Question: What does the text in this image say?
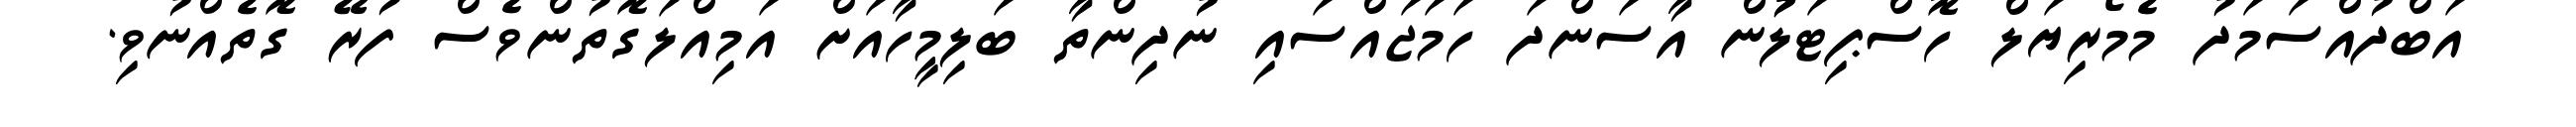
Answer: އަބްދުއްސަމަދު މެމޯރިޔަލް ހޮސްޕިޓަލުުން އާސަންދަ ހަމަޖައްސައި ނުދިންތާ ބަލިމީހާއަށް އަމިއްލަގޮތުންވެސް ފުރޭ ގޮތެއްނުވި.